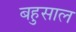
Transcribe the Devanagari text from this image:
बहुसाल